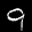
Label: 9